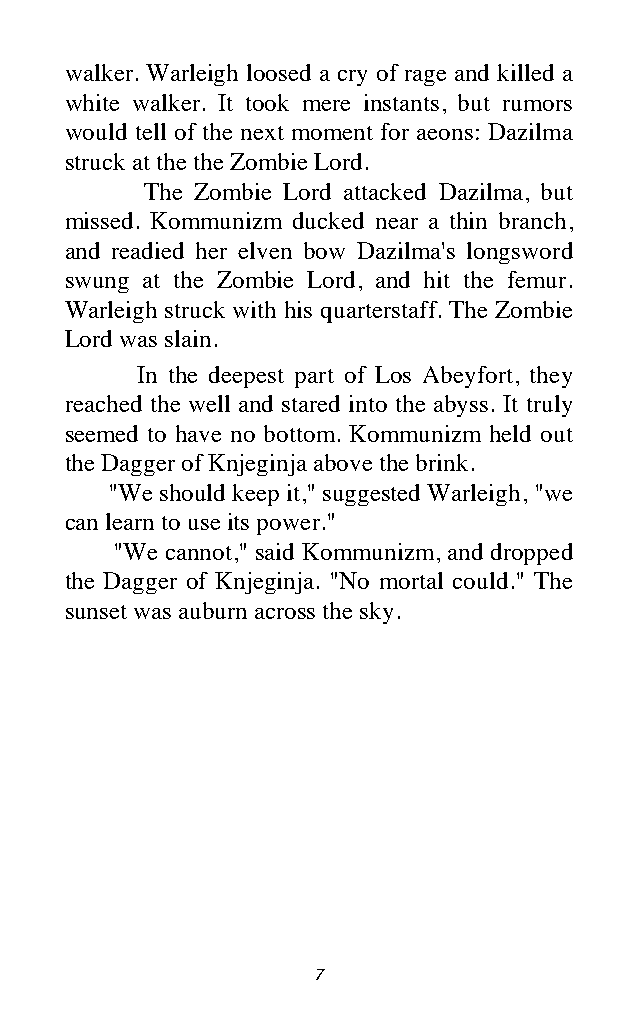
walker. Warleigh loosed a cry of rage and killed a
 white walker. It took mere instants, but rumors
 would tell of the next moment for aeons: Dazilma
 struck at the the Zombie Lord.
 The Zombie Lord attacked Dazilma, but
 missed. Kommunizm ducked near a thin branch,
 and readied her elven bow Dazilma's longsword
 swung at the Zombie Lord, and hit the femur.
 Warleigh struck with his quarterstaff. The Zombie
 Lord was slain.
 In the deepest part of Los Abeyfort, they
 reached the well and stared into the abyss. It truly
 seemed to have no bottom. Kommunizm held out
 the Dagger of Knjeginja above the brink.
 "We should keep it," suggested Warleigh, "we
 can learn to use its power."
 "We cannot," said Kommunizm, and dropped
 the Dagger of Knjeginja. "No mortal could." The
 sunset was auburn across the sky.
 7